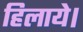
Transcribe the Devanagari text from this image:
हिलाये।